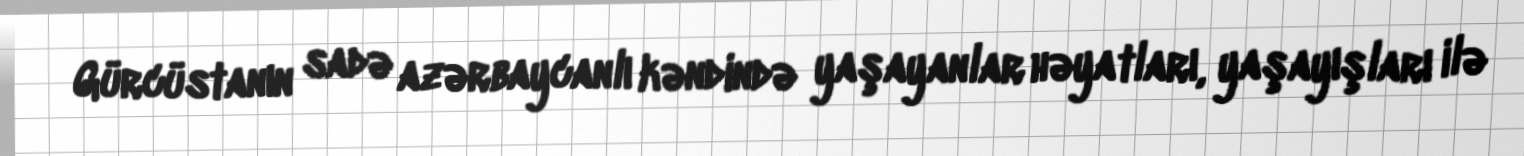
Gürcüstanın sadə azərbaycanlı kəndində yaşayanlar həyatları, yaşayışları ilə